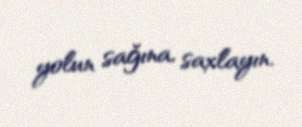
yolun sağına, saxlayın.